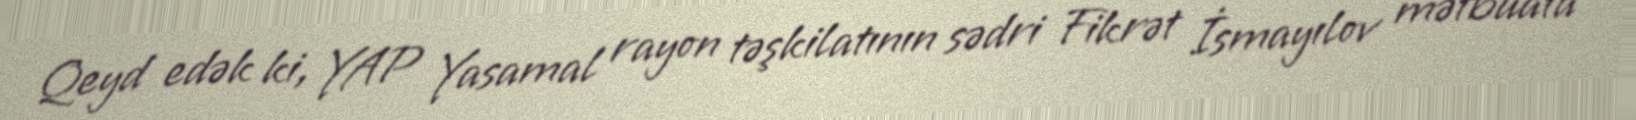
Qeyd edək ki, YAP Yasamal rayon təşkilatının sədri Fikrət İsmayılov mətbuata